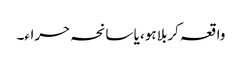
واقعہ کربلا ہو، یا سانحہ حراء۔